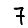
Digit: 7